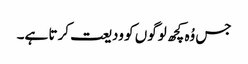
جس وُہ کچھ لوگوں کو ودیعت کرتا ہے۔